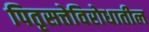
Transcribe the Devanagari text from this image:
पितृसत्तेविरोधातील